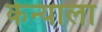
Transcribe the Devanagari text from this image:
केन्याला